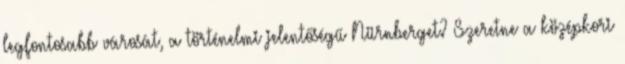
legfontosabb városát, a történelmi jelentőségű Nürnberget? Szeretne a középkori